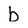
Character: b